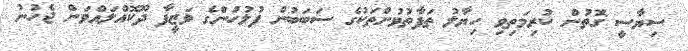
ސިޔާސީ ގޮތުން ކުރިމަތިވި ހިޔާލު ތަފާތުވުންތަކުގެ ސަބަބުން ފުލުހުންގެ ވަޒީފާ ދޫކޮއްލައްވަން ޖެހުނު